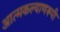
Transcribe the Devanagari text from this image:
आत्मकल्याणरूपी